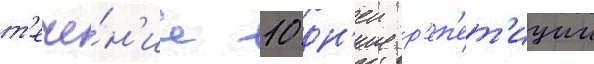
т'ече́н'ие 10 дн'еи р'еп'ет'иции